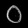
Digit: ၀